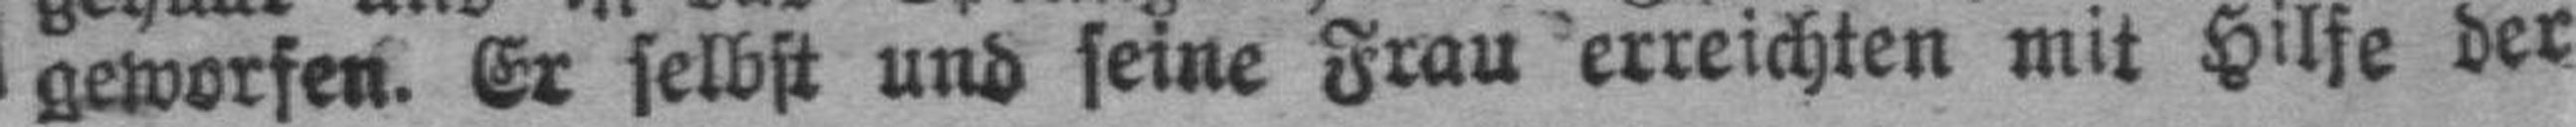
geworfen. Er selbst und seine Frau erreichten mit Hilfe der